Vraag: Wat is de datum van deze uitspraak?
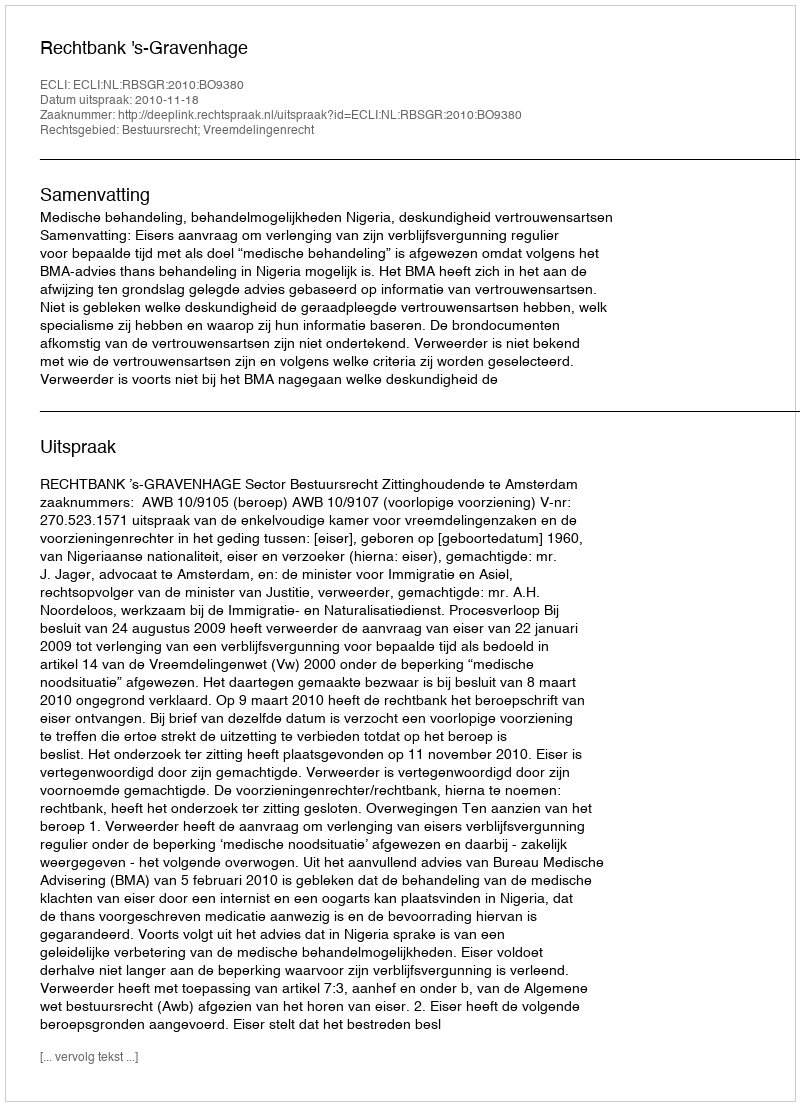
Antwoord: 2010-11-18